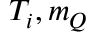
T _ { i } , m _ { Q }